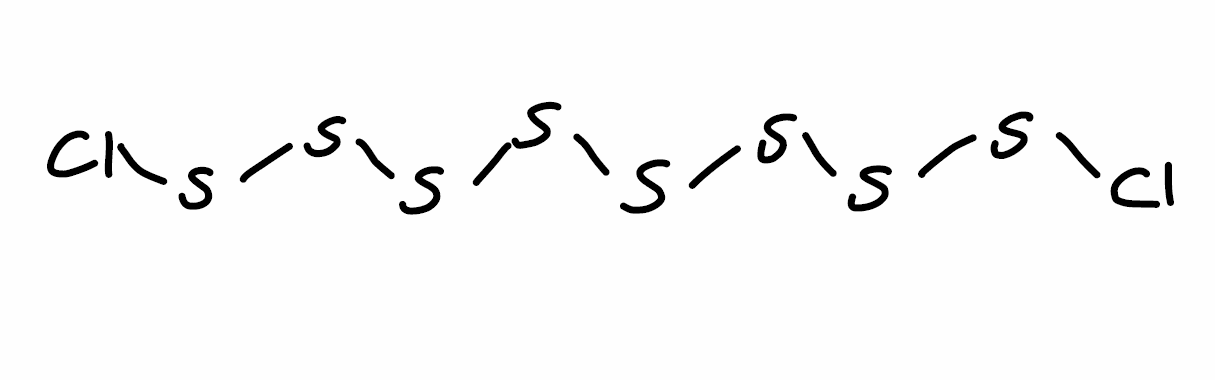
Simplified molecular-input line-entry system (SMILES) notation of the given molecule:
S(SSSSCl)SSSCl